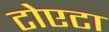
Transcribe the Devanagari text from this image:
टोएटा